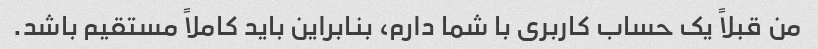
من قبلاً یک حساب کاربری با شما دارم، بنابراین باید کاملاً مستقیم باشد.